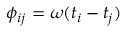
\phi _ { i j } = \omega ( t _ { i } - t _ { j } )